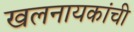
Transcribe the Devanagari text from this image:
खलनायकांची